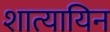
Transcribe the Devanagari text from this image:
शात्यायिन